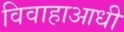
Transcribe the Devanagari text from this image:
विवाहाआधी